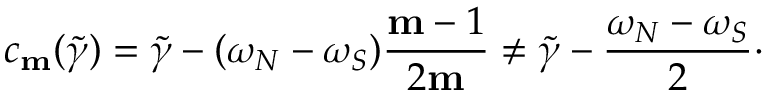
c _ { \mathbf { m } } ( \widetilde { \gamma } ) = \widetilde { \gamma } - ( \omega _ { N } - \omega _ { S } ) \frac { \mathbf { m } - 1 } { 2 \mathbf { m } } \neq \widetilde { \gamma } - \frac { \omega _ { N } - \omega _ { S } } { 2 } \cdot